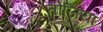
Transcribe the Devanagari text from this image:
तोजियां